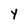
Character: Y